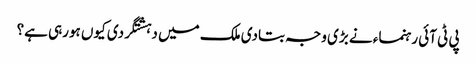
پی ٹی آئی رہنماء نے بڑی وجہ بتادی	ملک میں دہشتگردی کیوں ہورہی ہے؟